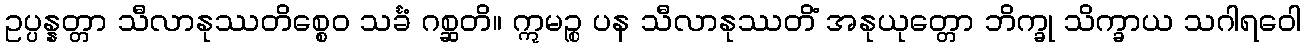
ဥပ္ပန္နတ္တာ သီလာနုဿတိစ္စေဝ သင်္ခံ ဂစ္ဆတိ။ ဣမဉ္စ ပန သီလာနုဿတိံ အနုယုတ္တော ဘိက္ခု သိက္ခာယ သဂါရဝေါ